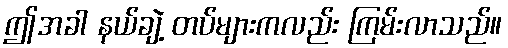
ဤအခါ နယ်ချဲ့ တပ်များကလည်း ကြမ်းလာသည်။